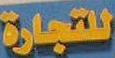
للتجارة